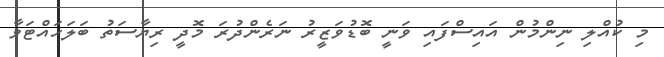
މި ކުއްލި ނިންމުން އައިސްފައި ވަނީ ބޮޑުވަޒީރު ނަރެންދުރަ މޮދީ ރިޔާސަތު ބަލަހައްޓަވާ